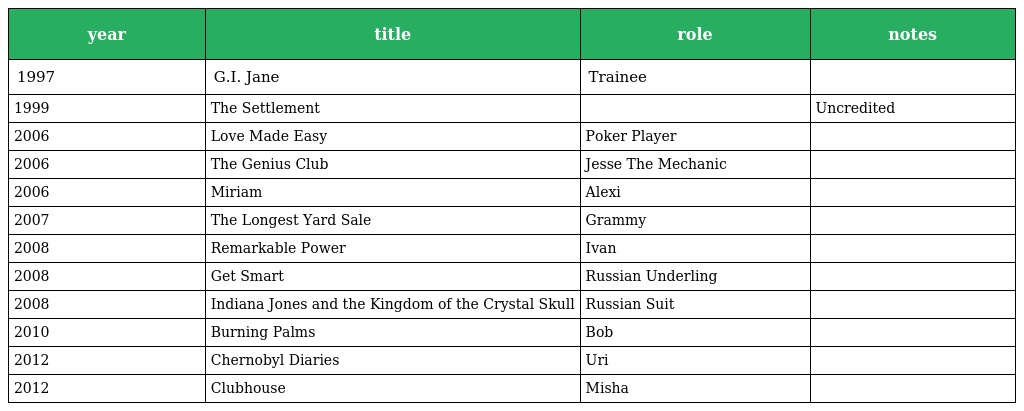
| year | title | role | notes |
 | --- | --- | --- | --- |
 | 1997 | G.I. Jane | Trainee |  |
 | 1999 | The Settlement |  | Uncredited |
 | 2006 | Love Made Easy | Poker Player |  |
 | 2006 | The Genius Club | Jesse The Mechanic |  |
 | 2006 | Miriam | Alexi |  |
 | 2007 | The Longest Yard Sale | Grammy |  |
 | 2008 | Remarkable Power | Ivan |  |
 | 2008 | Get Smart | Russian Underling |  |
 | 2008 | Indiana Jones and the Kingdom of the Crystal Skull | Russian Suit |  |
 | 2010 | Burning Palms | Bob |  |
 | 2012 | Chernobyl Diaries | Uri |  |
 | 2012 | Clubhouse | Misha |  |